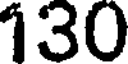
130